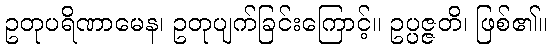
ဥတုပရိဏာမေန၊ ဥတုပျက်ခြင်းကြောင့်။ ဥပ္ပဇ္ဇတိ၊ ဖြစ်၏။